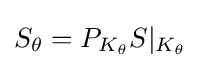
S_{\theta }=P_{K_{\theta }}S|_{K_{\theta }}